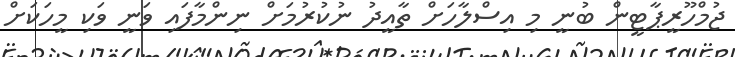
ޖުމްހޫރީޕާޓީން ބުނީ މި އިސްލާހަށް ތާއީދު ނުކުރުމަށް ނިންމާފައި ވަނީ ވަކި މީހަކަށް